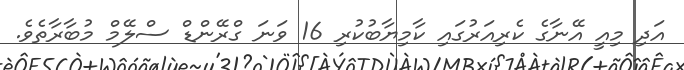
އަދި މިއީ އޭނާގެ ކެރިއަރުގައި ކާމިޔާބުކުރި 16 ވަނަ ގްރޭންޑް ސްލޭމް މުބާރާތެވެ.